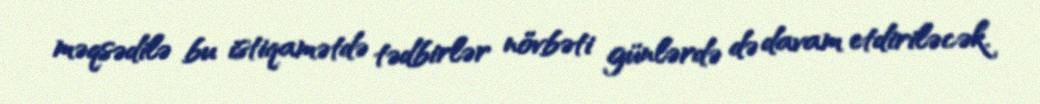
məqsədilə bu istiqamətdə tədbirlər növbəti günlərdə də davam etdiriləcək.